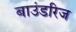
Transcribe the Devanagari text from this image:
बाउंडरिज